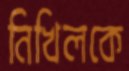
নিখিলকে